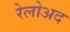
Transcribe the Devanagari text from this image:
रेलोअद